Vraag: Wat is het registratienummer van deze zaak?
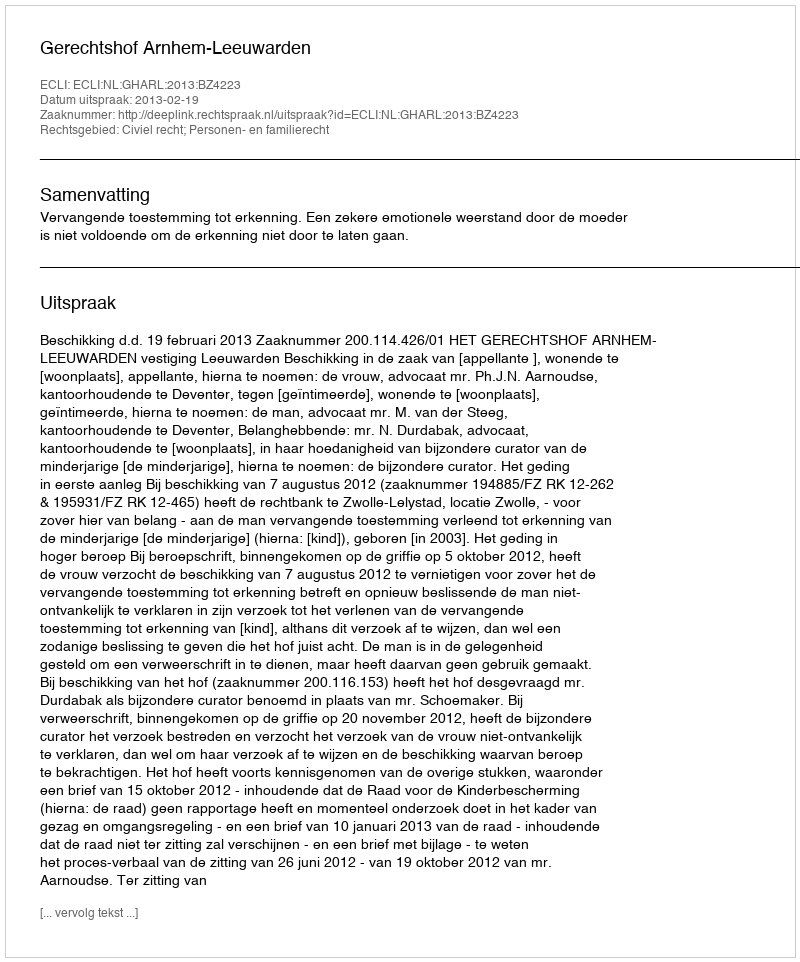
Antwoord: http://deeplink.rechtspraak.nl/uitspraak?id=ECLI:NL:GHARL:2013:BZ4223